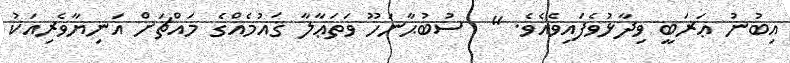
އިބުނު ޢަރަބީ ވިދާޅުވެފައިވެއެވެ. "  ސުބުޙާނަހޫ ވަތަޢާލާ ޤައުމެއްގެ މައްޗަށް އަނިޔާވެރިއަކު